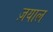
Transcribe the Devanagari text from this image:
ज़याल